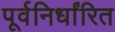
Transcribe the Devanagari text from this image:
पूर्वनिर्धांरित